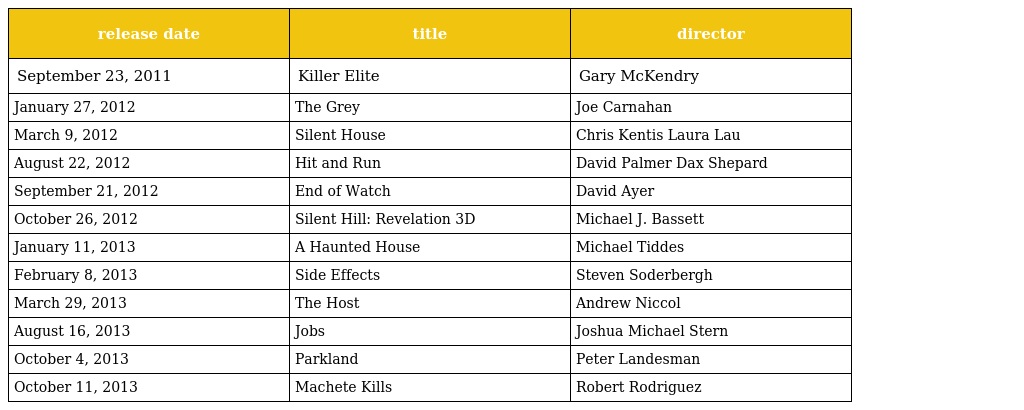
| release date | title | director |
 | --- | --- | --- |
 | September 23, 2011 | Killer Elite | Gary McKendry |
 | January 27, 2012 | The Grey | Joe Carnahan |
 | March 9, 2012 | Silent House | Chris Kentis Laura Lau |
 | August 22, 2012 | Hit and Run | David Palmer Dax Shepard |
 | September 21, 2012 | End of Watch | David Ayer |
 | October 26, 2012 | Silent Hill: Revelation 3D | Michael J. Bassett |
 | January 11, 2013 | A Haunted House | Michael Tiddes |
 | February 8, 2013 | Side Effects | Steven Soderbergh |
 | March 29, 2013 | The Host | Andrew Niccol |
 | August 16, 2013 | Jobs | Joshua Michael Stern |
 | October 4, 2013 | Parkland | Peter Landesman |
 | October 11, 2013 | Machete Kills | Robert Rodriguez |